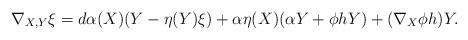
LaTeX: \begin{align*}\nabla_{X,Y}\xi = d\alpha(X)(Y-\eta(Y)\xi)+\alpha\eta(X)(\alpha Y+\phi hY)+(\nabla_X\phi h)Y.\end{align*}